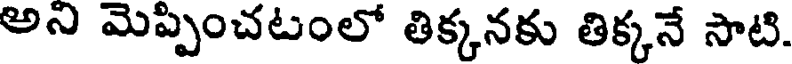
అని మెప్పించటంలో తిక్కనకు తిక్కనే సాటి.